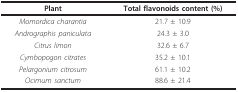
<table><thead><tr><td><b>Plant</b></td><td><b>Total flavonoids content (%)</b></td></tr></thead><tbody><tr><td><i>Momordica charantia</i></td><td>21.7 ± 10.9</td></tr><tr><td><i>Andrographis paniculata</i></td><td>24.3 ± 3.0</td></tr><tr><td><i>Citrus limon</i></td><td>32.6 ± 6.7</td></tr><tr><td><i>Cymbopogon citrates</i></td><td>35.2 ± 10.1</td></tr><tr><td><i>Pelargonium citrosum</i></td><td>61.1 ± 10.2</td></tr><tr><td><i>Ocimum sanctum</i></td><td>88.6 ± 21.4</td></tr></tbody></table>